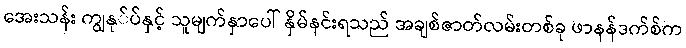
အေးသန်း ကျွနု်ပ်နှင့် သူမျက်နှာပေါ် နှိမ်နင်းရသည် အချစ်ဇာတ်လမ်းတစ်ခု ဖာနန်ဒက်စ်က